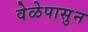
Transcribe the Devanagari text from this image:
वेळेपासुन